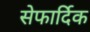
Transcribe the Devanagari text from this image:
सेफार्दिक